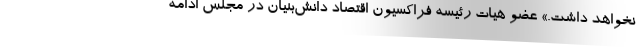
نخواهد داشت.» عضو هیات رئیسه فراکسیون اقتصاد دانش‌بنیان در مجلس ادامه